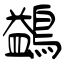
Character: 鷁